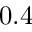
0 . 4